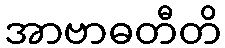
အာဗာဓတီတိ